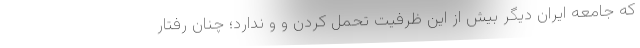
که جامعه ایران دیگر بیش از این ظرفیت تحمل کردن و و ندارد؛ چنان رفتار